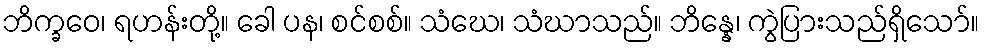
ဘိက္ခဝေ၊ ရဟန်းတို့။ ခေါ ပန၊ စင်စစ်။ သံဃေ၊ သံဃာသည်။ ဘိန္နေ၊ ကွဲပြားသည်ရှိသော်။